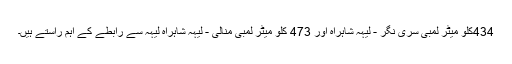
434کلو میٹر لمبی سری نگر - لیہہ شاہراہ اور 473 کلو میٹر لمبی منالی - لیہہ شاہراہ لیہہ سے رابطے کے اہم راستے ہیں۔